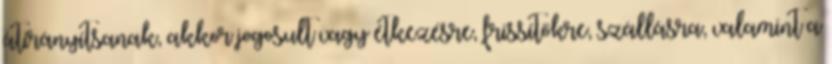
átirányítsanak, akkor jogosult vagy étkezésre, frissítőkre, szállásra, valamint a